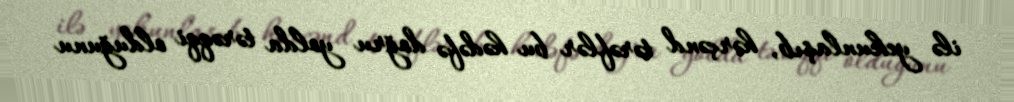
ilə yekunlaşıb, hərçənd tərəflər bu hədəfə doğru yolda tərəqqi olduğunu